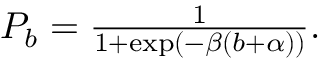
\begin{array} { r } { P _ { b } = \frac { 1 } { 1 + \exp ( - \beta ( b + \alpha ) ) } . } \end{array}